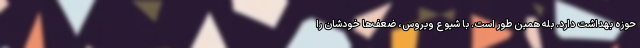
حوزه بهداشت دارد. بله همین طور است. با شیوع ویروس، ضعف‌ها خودشان را